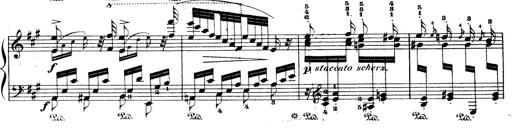
Title: Wagner-Liszt Album
Composer: Franz Liszt